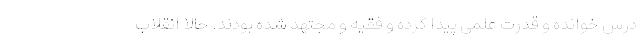
درس خوانده و قدرت علمی پیدا کرده و فقیه و مجتهد شده بودند. حالا انقلاب